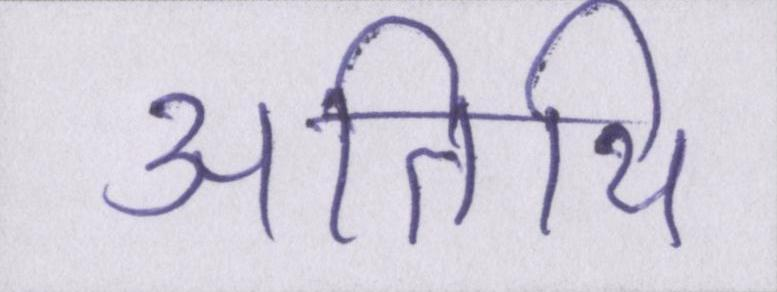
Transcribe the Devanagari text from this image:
अतिथि